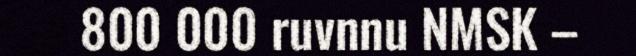
800 000 ruvnnu NMSK –